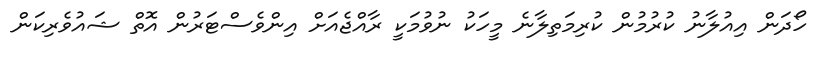
ހޯދަން އިއުލާނު ކުރުމުން ކުރިމަތިލާނެ މީހަކު ނުވުމަކީ ރާއްޖެއަށް އިންވެސްޓަރުން އޮތް ޝައުވެރިކަން